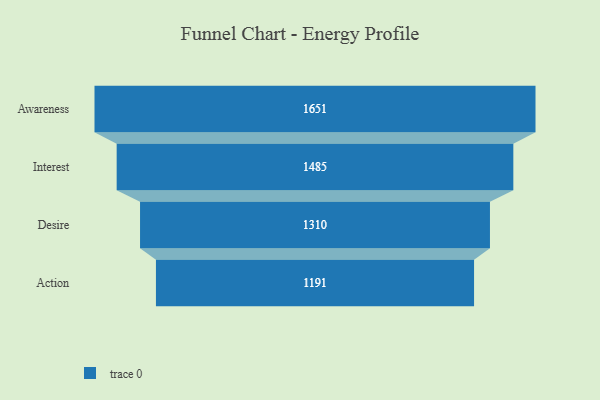
{"axis": {"x": "Stage", "y": "Value"}, "legend": [""], "data": [{"x": "Awareness", "y": 1651.0, "type": ""}, {"x": "Interest", "y": 1485.0, "type": ""}, {"x": "Desire", "y": 1310.0, "type": ""}, {"x": "Action", "y": 1191.0, "type": ""}]}